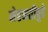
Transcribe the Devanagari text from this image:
मेहनतीपुढे